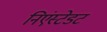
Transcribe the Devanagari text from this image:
निएंस्टेडट